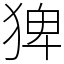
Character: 猈